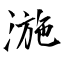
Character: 湤